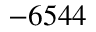
- 6 5 4 4